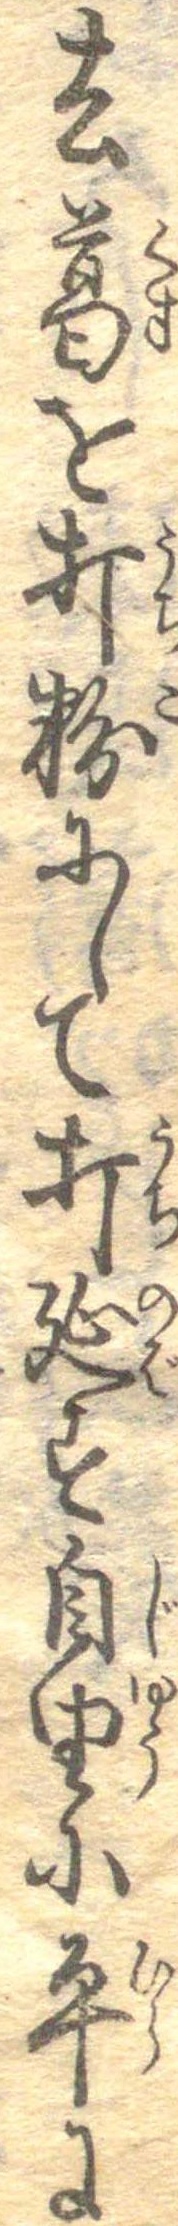
去葛を打粉にして打延す自由に平に